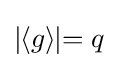
\mid \!\!\langle g\rangle \!\!\mid =q